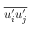
\overline { { u _ { i } ^ { \prime } u _ { j } ^ { \prime } } }